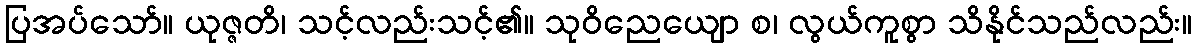
ပြအပ်သော်။ ယုဇ္ဇတိ၊ သင့်လည်းသင့်၏။ သုဝိညေယျော စ၊ လွယ်ကူစွာ သိနိုင်သည်လည်း။